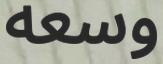
وسعه